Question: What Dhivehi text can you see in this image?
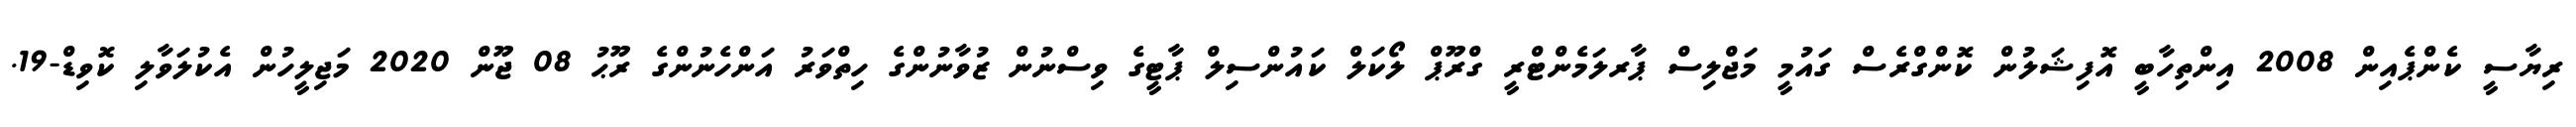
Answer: ރިޔާސީ ކެންޕެއިން 2008 އިންތިހާބީ އޮފިޝަލުން ކޮންގްރެސް ގައުމީ މަޖްލިސް ޕާރލަމެންޓްރީ ގްރޫޕް ލޯކަލް ކައުންސިލް ޕާޓީގެ ވިސްނުން ޒުވާނުންގެ ހިތްވަރު އަންހެނުންގެ ރޫޙު 08 ޖޫން 2020 މަޖިލީހުން އެކުލަވާލި ކޮވިޑް-19.